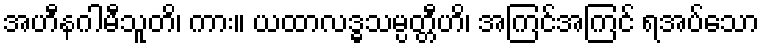
အဟီနဂါမီသူတိ၊ ကား။ ယထာလဒ္ဓသမ္ပတ္တီဟိ၊ အကြင်အကြင် ရအပ်သော